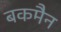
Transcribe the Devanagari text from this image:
बकमैन